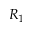
R _ { 1 }